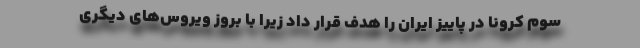
سوم کرونا در پاییز ایران را هدف قرار داد زیرا با بروز ویروس‌های دیگری